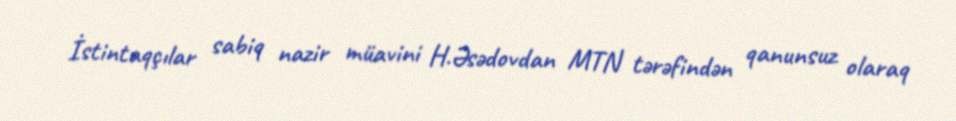
İstintaqçılar sabiq nazir müavini H.Əsədovdan MTN tərəfindən qanunsuz olaraq